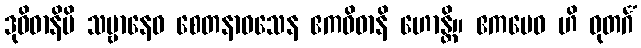
ဒုဝိဓာနိပိ သဗ္ဗာနေဝ စေတနာဝသေန ဧကဝိဓာနိ ဟောန္တိ။ ဧကမေဝ ဟိ ဓုတင်္ဂံ